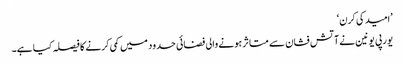
’امید کی کرن‘
یورپی یونین نے آتش فشان سے متاثر ہونے والی فضائی حدود میں کمی کرنے کا فیصلہ کیا ہے۔